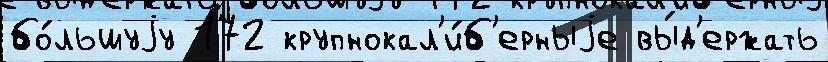
бо́льшуjу 172 крупнокал'и́б'ерныjе вы́д'ержать